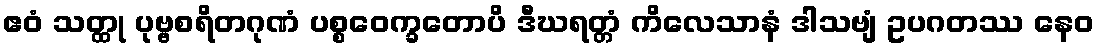
ဧဝံ သတ္ထု ပုဗ္ဗစရိတဂုဏံ ပစ္စဝေက္ခတောပိ ဒီဃရတ္တံ ကိလေသာနံ ဒါသဗျံ ဥပဂတဿ နေဝ